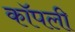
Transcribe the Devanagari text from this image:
कॉपली